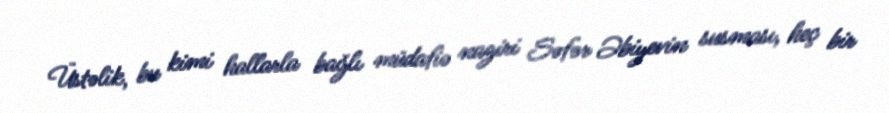
Üstəlik, bu kimi hallarla bağlı müdafiə naziri Səfər Əbiyevin susması, heç bir